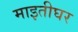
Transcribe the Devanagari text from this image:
माइतीघर